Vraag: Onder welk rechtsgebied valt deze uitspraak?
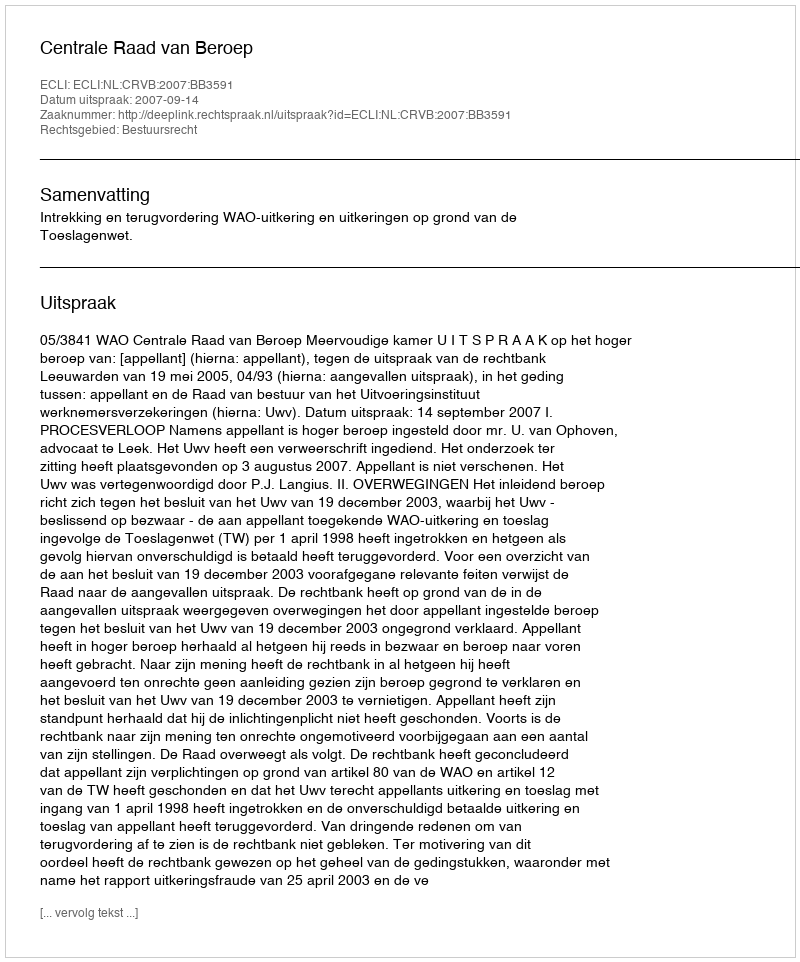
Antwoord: Bestuursrecht